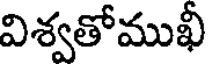
విశ్వతోముఖీ